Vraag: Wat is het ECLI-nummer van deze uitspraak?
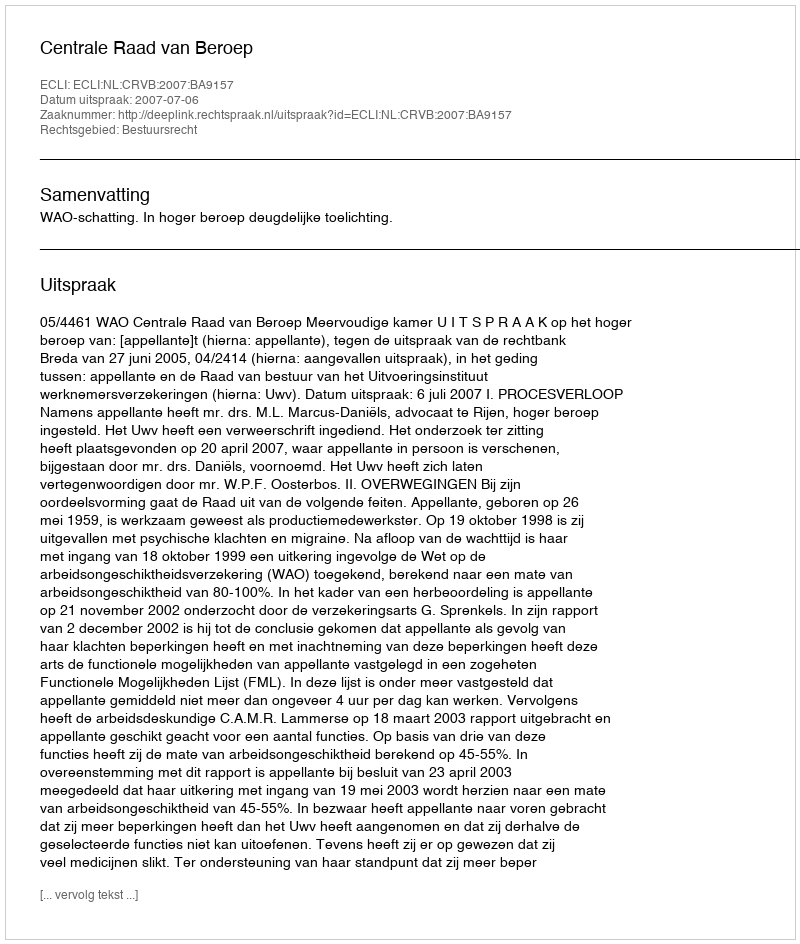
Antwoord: ECLI:NL:CRVB:2007:BA9157